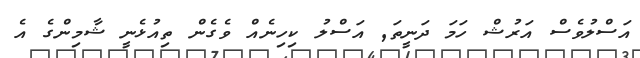
އަސްލުވެސް އަރުޝް ހަމަ ދަނީތަ